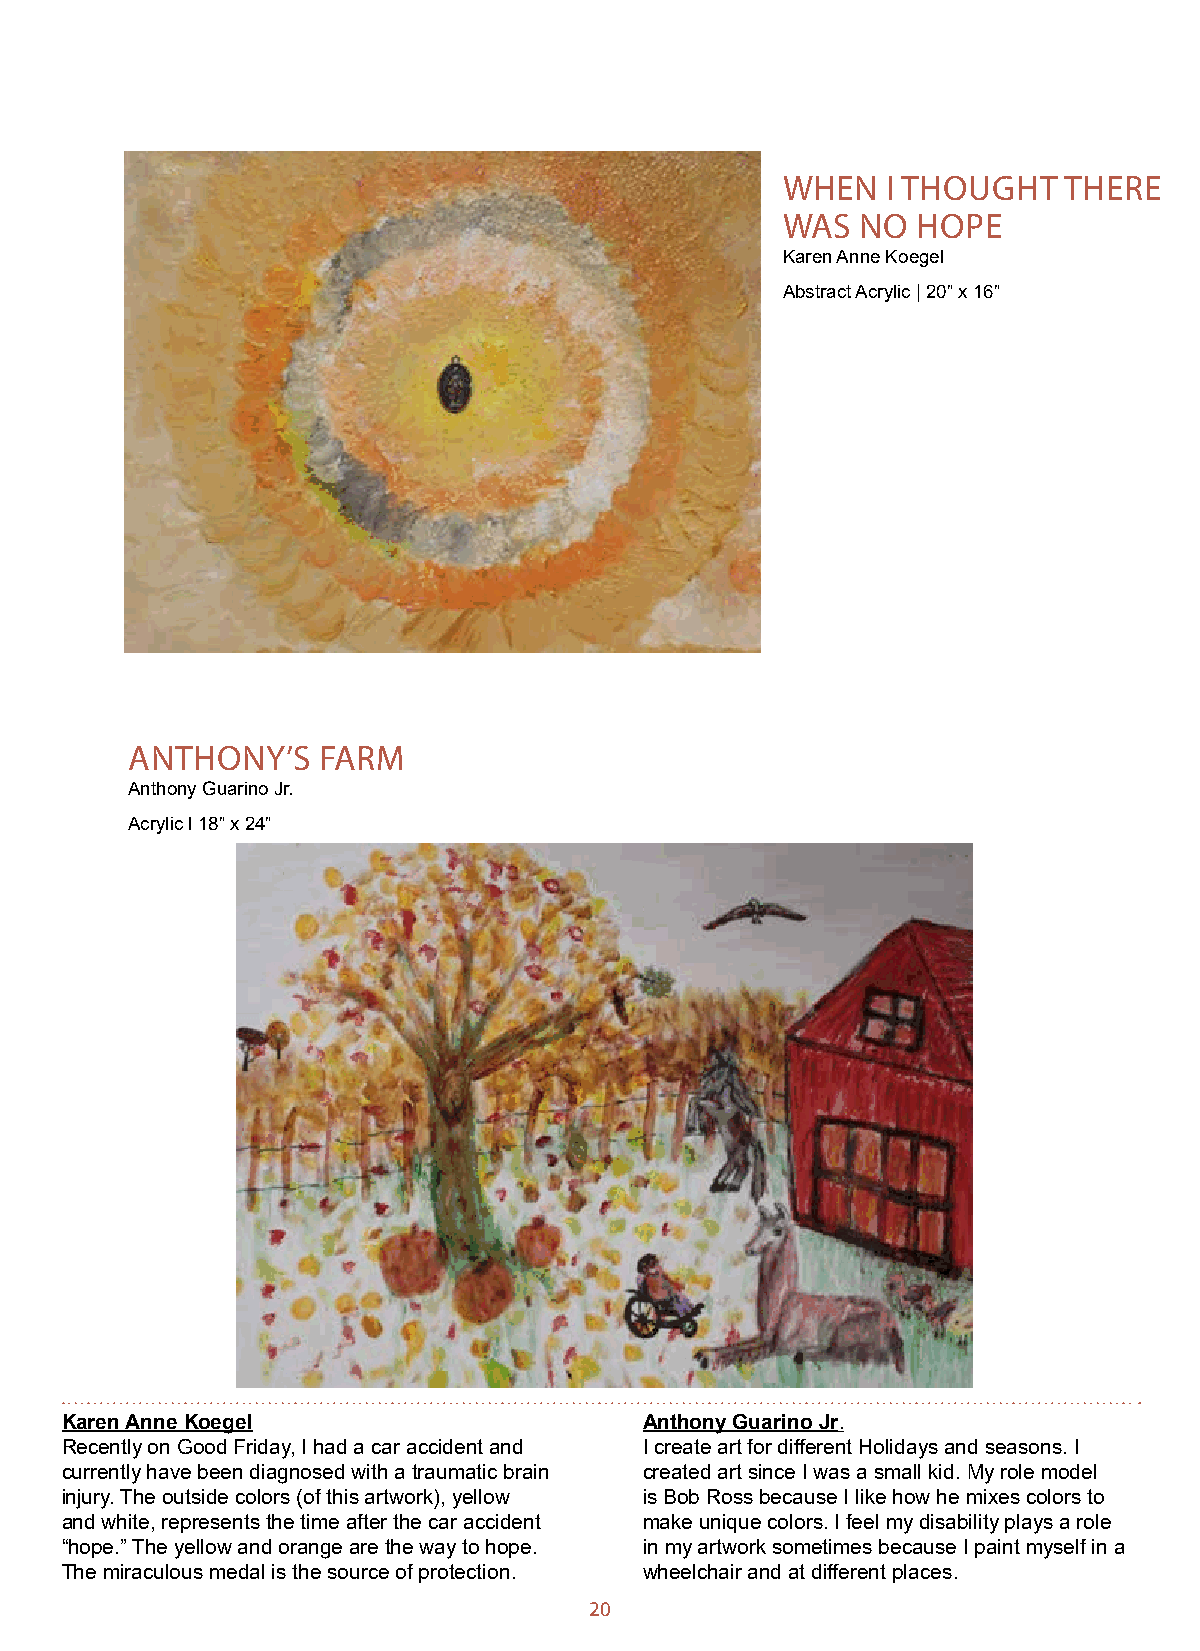
WHEN   I THOUGHT  THERE
 WAS  NO  HOPE
 Karen Anne Koegel
 Abstract Acrylic | 20” x 16”
 ANTHONY’S    FARM
 Anthony Guarino Jr.
 Acrylic l 18” x 24”
 Karen Anne Koegel                      Anthony Guarino Jr.
 Recently on Good Friday, I had a car accident and I create art for different Holidays and seasons. I
 currently have been diagnosed with a traumatic brain created art since I was a small kid. My role model
 injury. The outside colors (of this artwork), yellow is Bob Ross because I like how he mixes colors to
 and white, represents the time after the car accident make unique colors. I feel my disability plays a role
 “hope.” The yellow and orange are the way to hope. in my artwork sometimes because I paint myself in a
 The miraculous medal is the source of protection. wheelchair and at different places.
 20